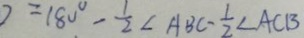
2 = 1 8 0 ^ { \circ } - \frac { 1 } { 2 } \angle A B C - \frac { 1 } { 2 } \angle A C B